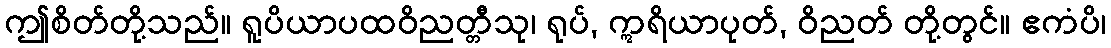
ဤစိတ်တို့သည်။ ရူပိယာပထဝိညတ္တီသု၊ ရုပ်, ဣရိယာပုတ်, ဝိညတ် တို့တွင်။ ဧကံပိ၊